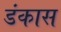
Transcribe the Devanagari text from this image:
डंकास